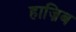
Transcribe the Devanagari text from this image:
हाज़िब